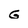
Character: G